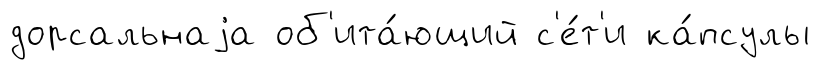
дорсальнаjа об'ита́ющий с'е́т'и ка́псулы